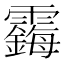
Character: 𱁧